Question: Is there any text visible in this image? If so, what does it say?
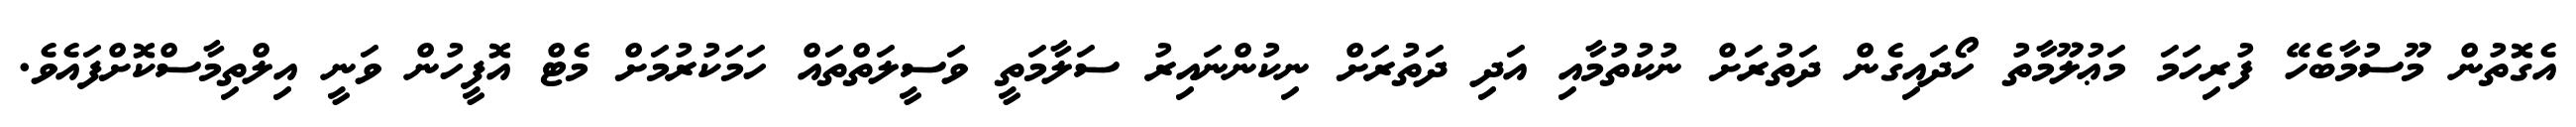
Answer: އެގޮތުން މޫސުމާބެހޭ ފުރިހަމަ މަޢުލޫމާތު ހޯދައިގެން ދަތުރަށް ނުކުތުމާއި އަދި ދަތުރަށް ނިކުންނައިރު ސަލާމަތީ ވަސީލަތްތައް ހަމަކުރުމަށް މެޓް އޮފީހުން ވަނީ އިލްތިމާސްކޮށްފައެވެ.